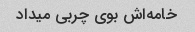
خامه‌اش بوی چربی میداد